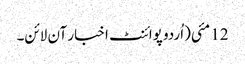
12 مئی(اُردو پوائنٹ اخبار آن لائن۔